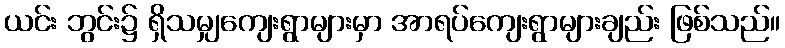
ယင်း ဘွင်း၌ ရှိသမျှကျေးရွာများမှာ အာရပ်ကျေးရွာများချည်း ဖြစ်သည်။